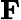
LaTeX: {\mathbf F}